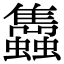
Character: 𧕲